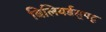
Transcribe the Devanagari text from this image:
बिलियर्डस्‌पटू